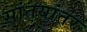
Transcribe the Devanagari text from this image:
सांतयांतर